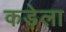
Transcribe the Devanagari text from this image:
कड़ेला